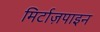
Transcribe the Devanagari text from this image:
मिर्टाज़पाइन